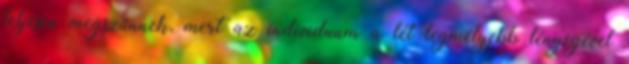
teljesen megszűnnek, mert az individuum a lét legmélyebb lényegével